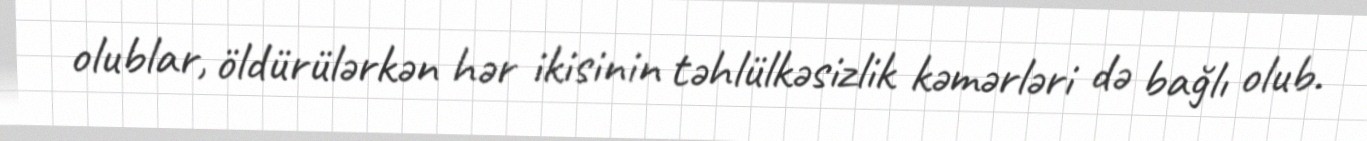
olublar, öldürülərkən hər ikisinin təhlülkəsizlik kəmərləri də bağlı olub.